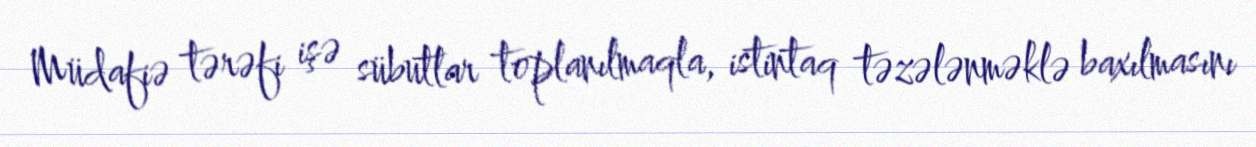
Müdafiə tərəfi işə sübutlar toplanılmaqla, istintaq təzələnməklə baxılmasını